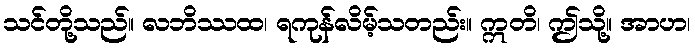
သင်တို့သည်။ လဘိဿထ၊ ရကုန်လိမ့်သတည်း။ ဣတိ၊ ဤသို့။ အာဟ၊